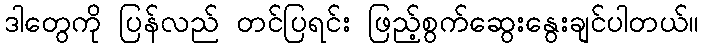
ဒါတွေကို ပြန်လည် တင်ပြရင်း ဖြည့်စွက်ဆွေးနွေးချင်ပါတယ်။